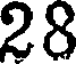
28